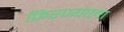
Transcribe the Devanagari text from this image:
फिरण्याला